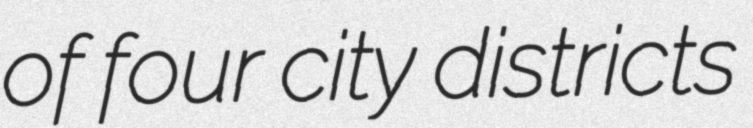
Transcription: of four city districts